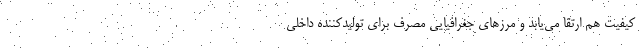
کیفیت هم ارتقا می‌یابد و مرزهای جغرافیایی مصرف برای تولیدکننده داخلی